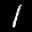
Label: 1